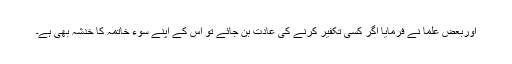
اوربعض علما نے فرمایا اگر کسی تکفیر کرنے کی عادت بن جائے تو اس کے اپنے سوء خاتمہ کا خدشہ بھی ہے۔